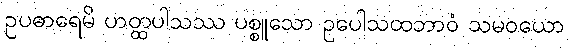
ဥပဓာရေမိ ဟတ္ထပါသဿ ပစ္စူသော ဥပေါသထဘာဝံ သမဝယော